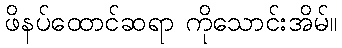
ဖိနပ်ထောင်ဆရာ ကိုသောင်းအိမ်။